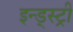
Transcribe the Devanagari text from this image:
इन्ड्स्ट्री